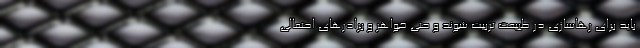
باید برای رهاسازی در طبیعت تربیت شوند و حتی خواهر و برادرهای احتمالی